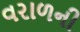
વરાળની